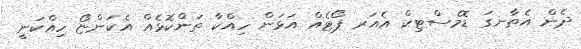
ދެން އެތާނގަ ޑޮމެސްޓިކް އެއަރ ޕޯޓެއް އަޅަން ހިއްކާ ތަންކޮޅެއް އެކަންޏޯ ހިއްކަނީ